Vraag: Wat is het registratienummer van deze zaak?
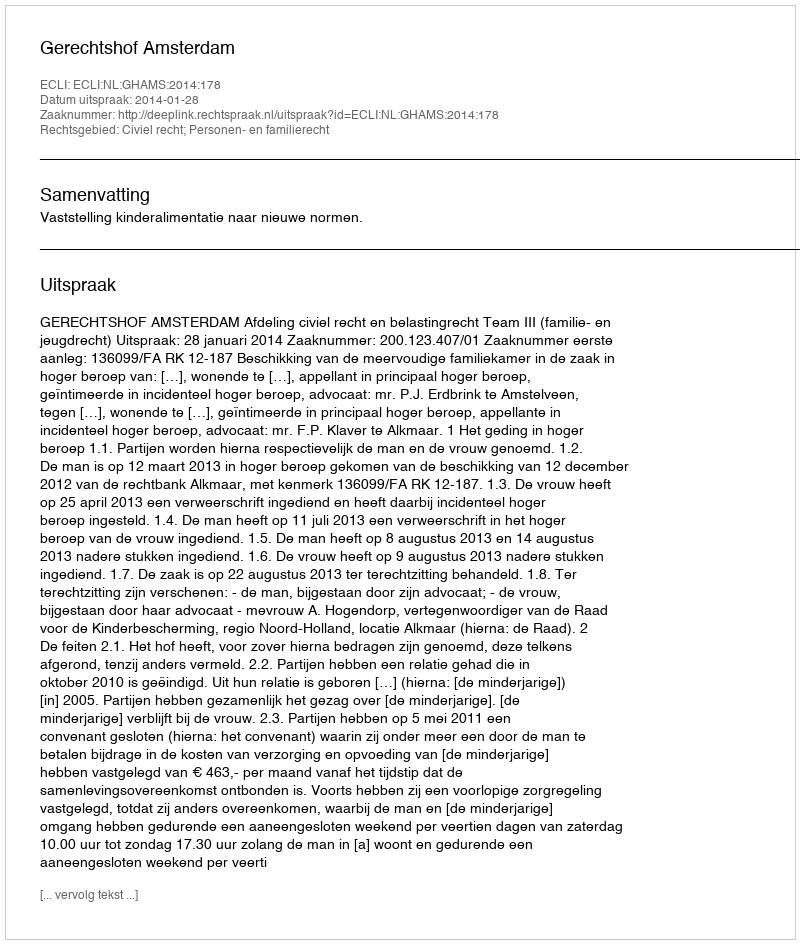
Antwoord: http://deeplink.rechtspraak.nl/uitspraak?id=ECLI:NL:GHAMS:2014:178